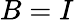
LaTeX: B=I